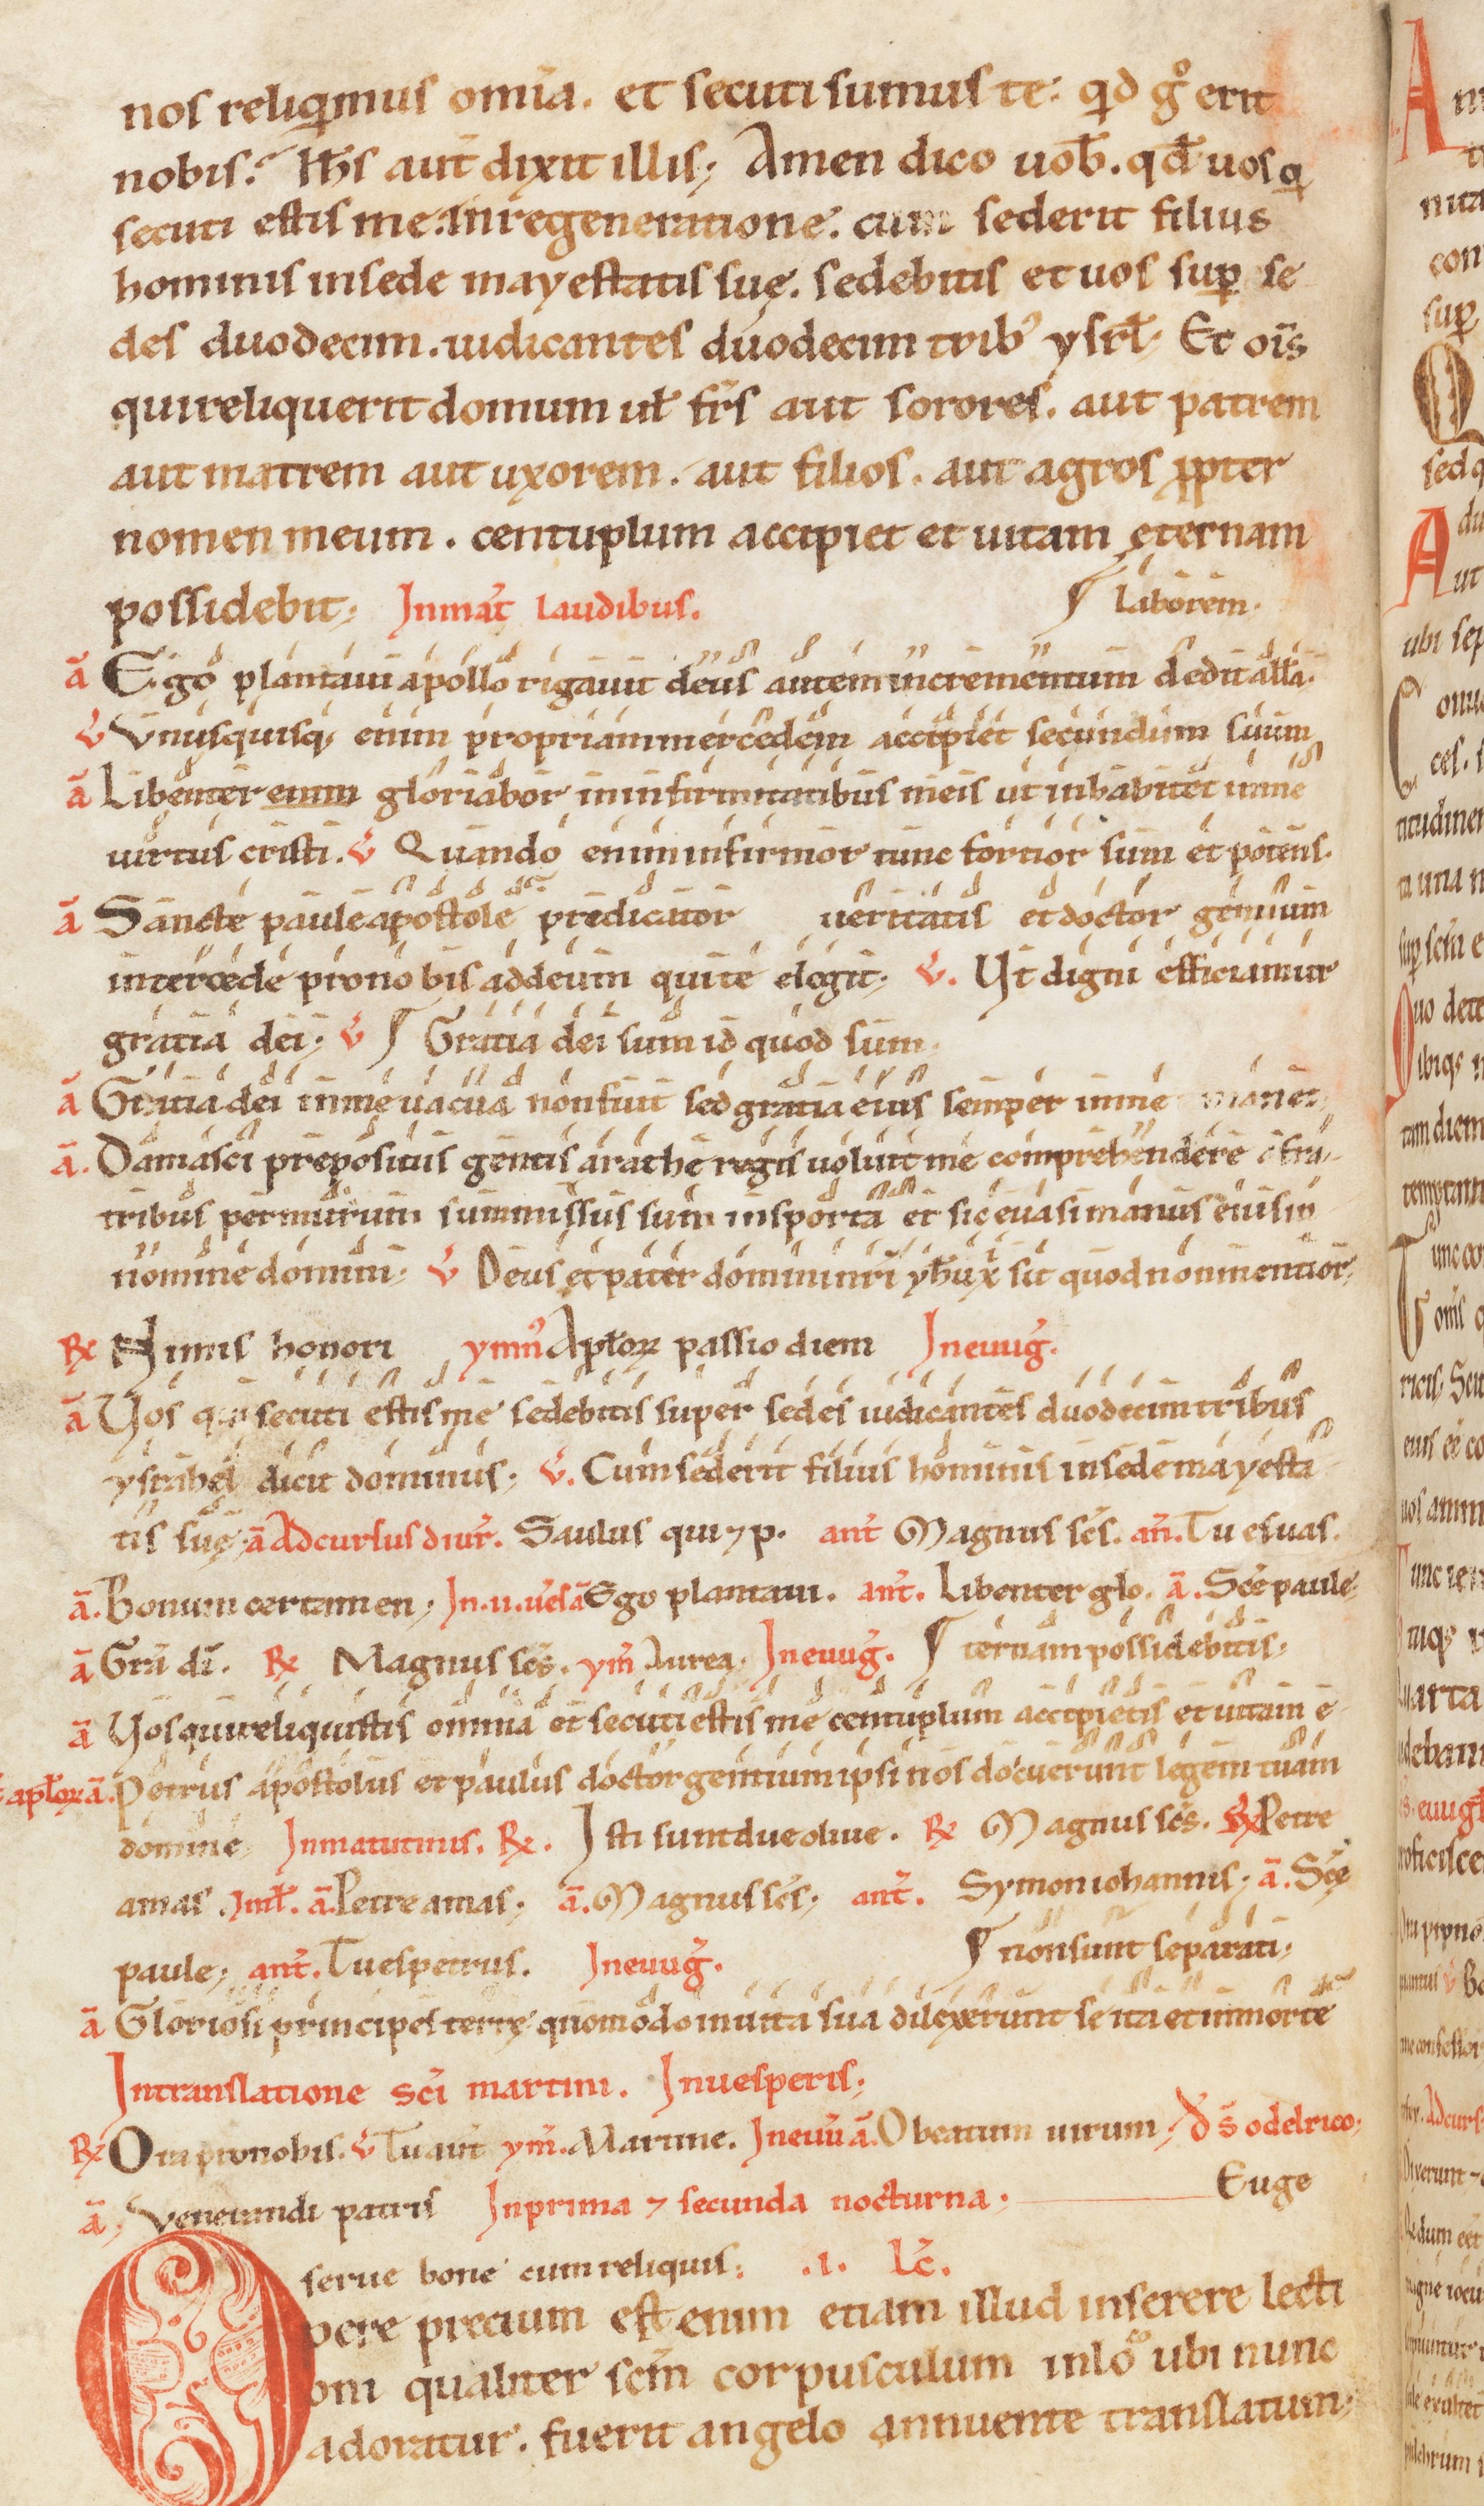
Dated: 1100–1199